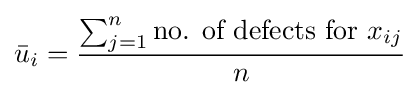
{\bar {u}}_{i}={\frac {\sum _{j=1}^{n}{\mbox{no. of defects for }}x_{ij}}{n}}